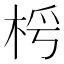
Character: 𣑂